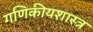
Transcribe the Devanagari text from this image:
गणिकीयशास्त्र